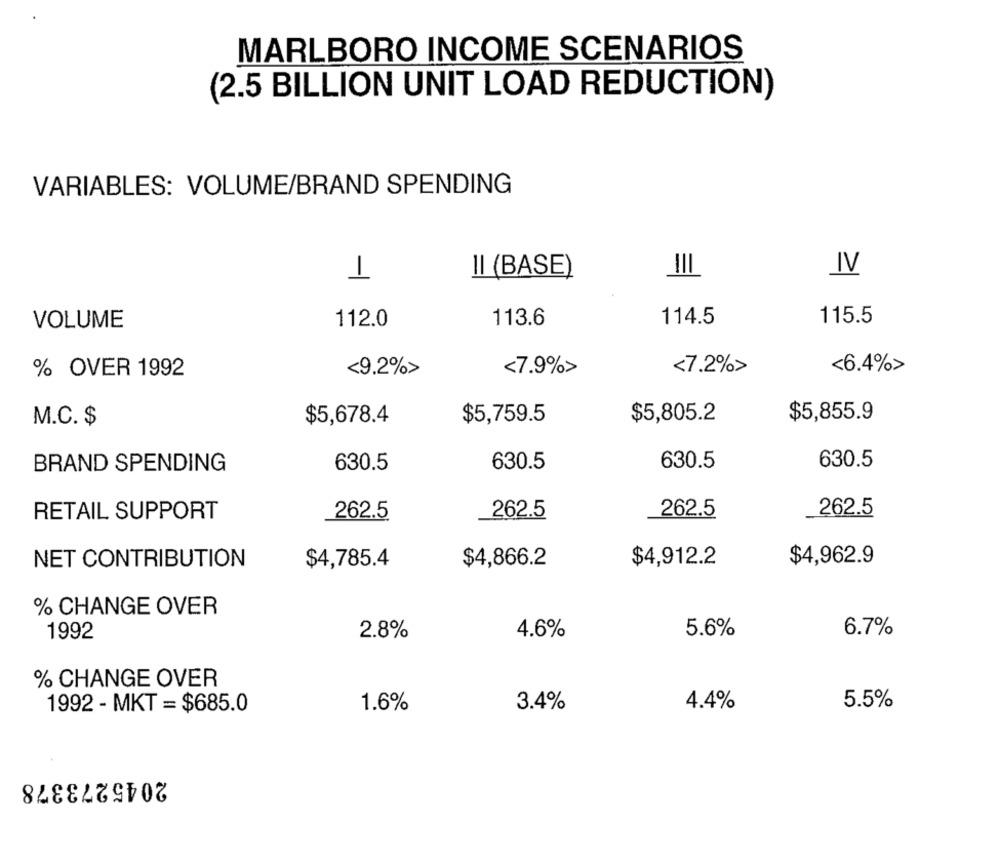
MARLBORO INCOME SCENARIOS
(2.5 BILLION UNIT LOAD REDUCTION)
VARIABLES: VOLUME/BRAND SPENDING
II (BASE)
III
IV
115.5
VOLUME
112.0
113.6
114.5
<7.9%>
<7.2%>
<6.4%>
% OVER 1992
<9.2%>
M.C. $
$5,678.4
$5,759.5
$5,805.2
$5,855.9
BRAND SPENDING
630.5
630.5
630.5
630.5
RETAIL SUPPORT
262.5
262.5
262.5
262.5
$4,912.2
$4,962.9
NET CONTRIBUTION
$4,785.4
$4,866.2
% CHANGE OVER
6.7%
1992
2.8%
4.6%
5.6%
% CHANGE OVER
1992 - MKT = $685.0
1.6%
3.4%
4.4%
5.5%
2045273378